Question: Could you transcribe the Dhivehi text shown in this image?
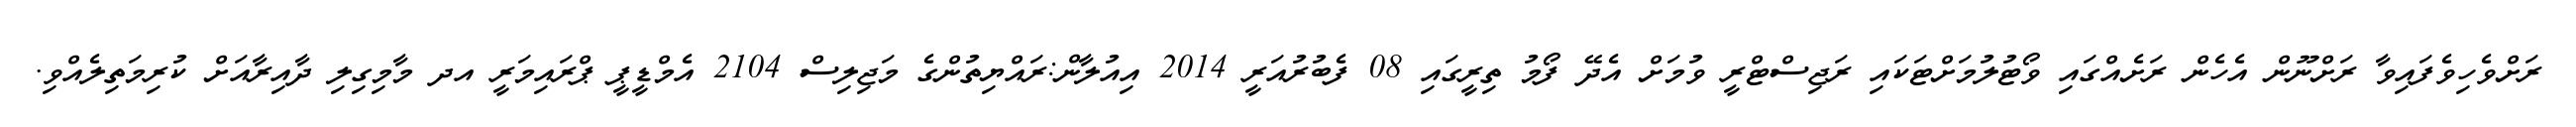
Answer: ރަށްވެހިވެފައިވާ ރަށްނޫން އެހެން ރަށެއްގައި ވޯޓުލުމަށްޓަކައި ރަޖިސްޓްރީ ވުމަށް އެދޭ ފޯމު ތިރީގައި 08 ފެބުރުއަރީ 2014 އިއުލާން:ރައްޔިތުންގެ މަޖިލިސް 2104 އެމްޑީޕީ ޕްރައިމަރީ އދ މާމިގިލި ދާއިރާއަށް ކުރިމަތިލެއްވި.